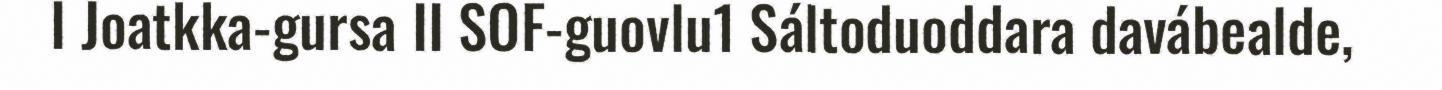
I Joatkka-gursa II SOF-guovlu1 Sáltoduoddara davábealde,